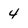
Character: 4